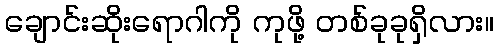
ချောင်းဆိုးရောဂါကို ကုဖို့ တစ်ခုခုရှိလား။